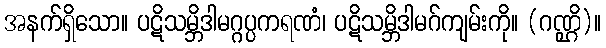
အနက်ရှိသော။ ပဋိသမ္ဘိဒါမဂ္ဂပ္ပကရဏံ၊ ပဋိသမ္ဘိဒါမဂ်ကျမ်းကို။ (ဂဏ္ဌိ)။